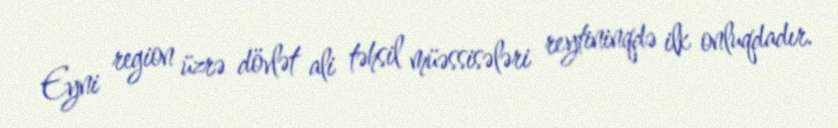
Eyni region üzrə dövlət ali təhsil müəssisələri reytininqdə ilk onluqdadır.